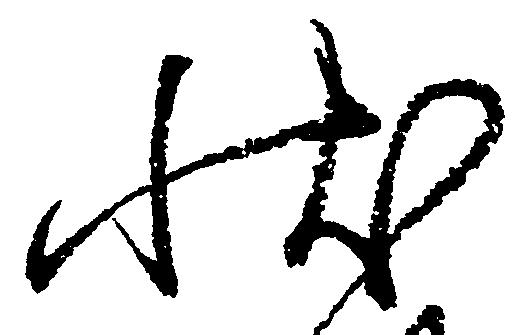
状